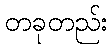
တခုတည်း